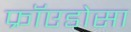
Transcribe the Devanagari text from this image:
फ्रॉएडोसा